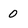
Character: 0